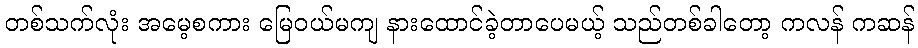
တစ်သက်လုံး အမေ့စကား မြေဝယ်မကျ နားထောင်ခဲ့တာပေမယ့် သည်တစ်ခါတော့ ကလန် ကဆန်